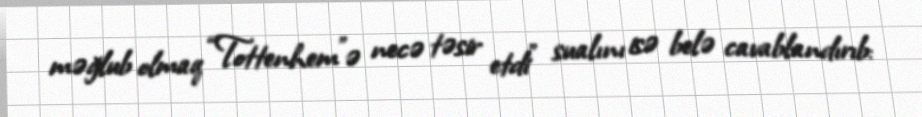
məğlub olmaq “Tottenhem”ə necə təsir etdi” sualını isə belə cavablandırıb: